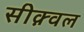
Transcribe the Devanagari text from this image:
सीक़्वल